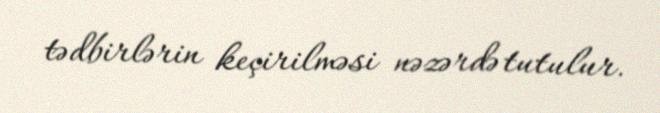
tədbirlərin keçirilməsi nəzərdə tutulur.